Uue-Poltsamaa_vallakohus, lk 79
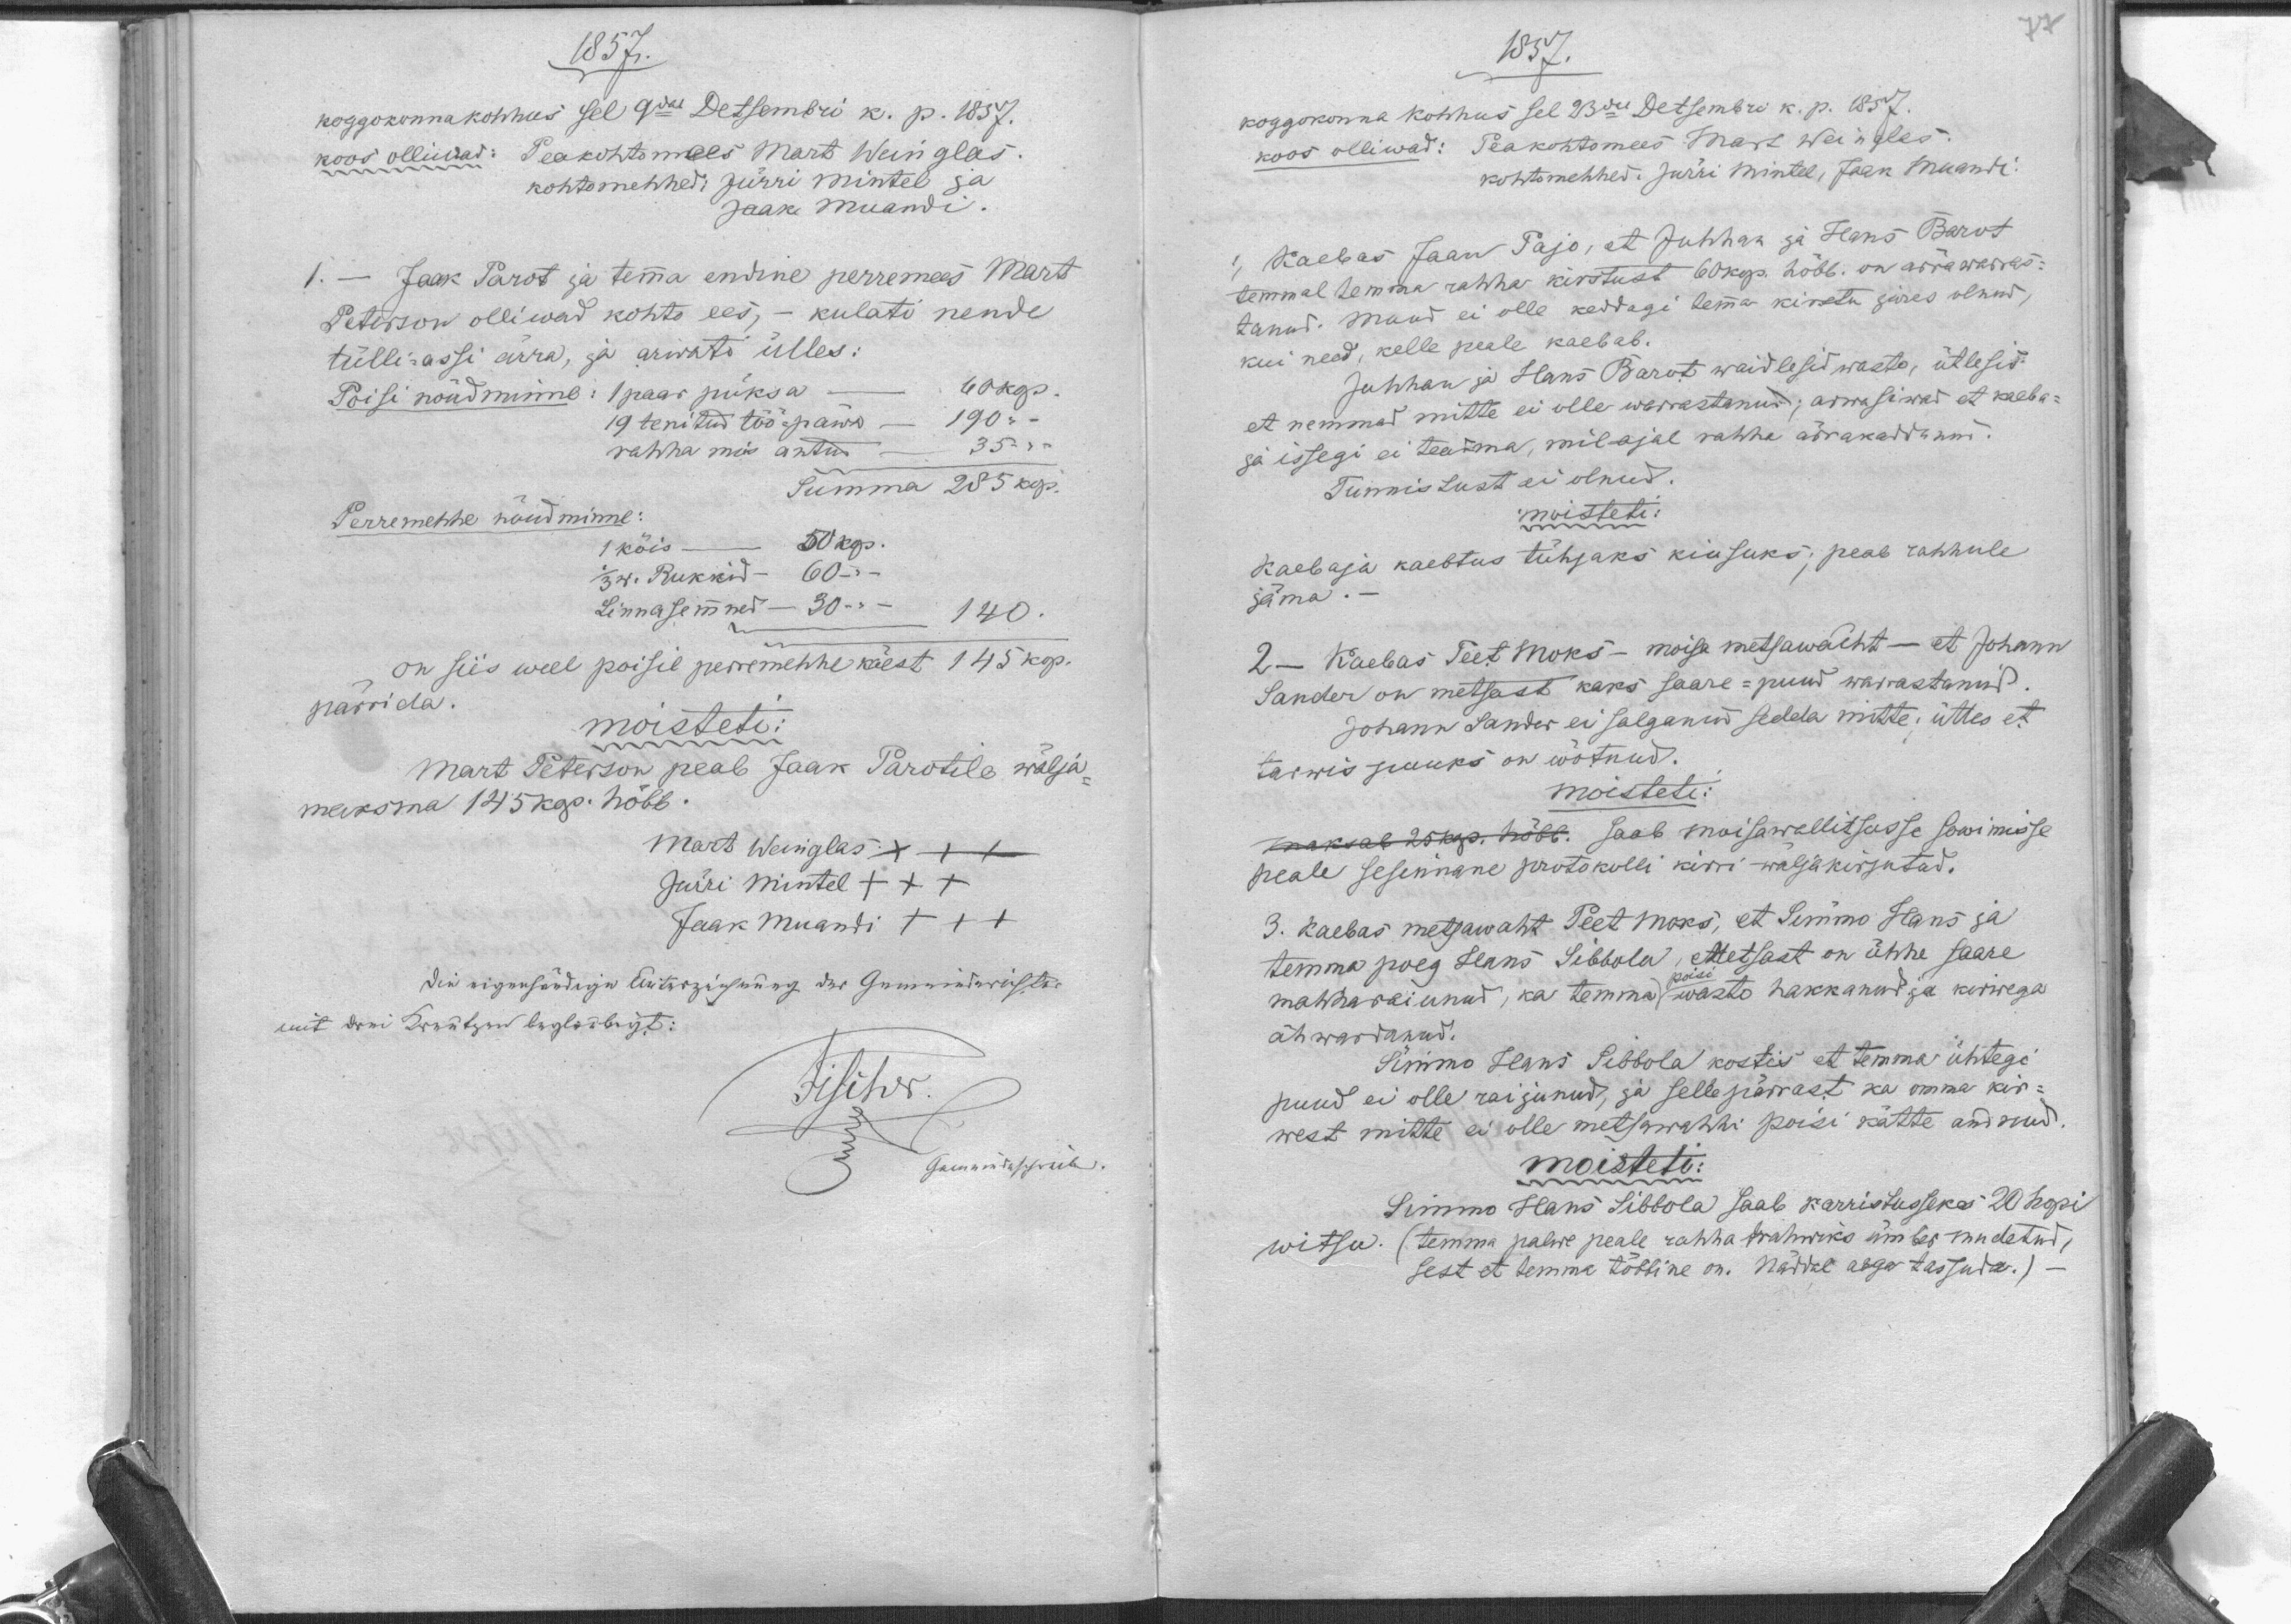
1857.
koggokonna kohhus sel 9dal Detsembri k. p. 1857.
koos olliwad: Peakohtomees Mart Weinglas.
kohtomehhed: Jürri Mintel ja
Jaak Muandi.
1. - Jaak Parot ja temma endine perremees Mart
kohto ees,
kulati nende
Peterson olliwad
tülli-assi ärra, ja arwati ülles:
60 kop.
1 paar püksa
Poisi nõudminne:
190 -
-
19 tenitud töö-päwa
35 --
rahha mis antud
Summa 285 kop.
Perremehhe nõudminne:
50 kop
1 köis
1/3 w. Rukkid - 60 --
Linnasemned - 30 --
140.
on siis weel poisel perremehhe käest 145 kop.
pärrida.
moisteti:
Mart Peterson peab Jaak Parotile wälja-
maksma 145 kop. hõbb.
Mart Weinglas XXX
Jürri Mintel XXX
Jaak Muandi XXX

1857.
koggokonna kohhus sel 23dal Detsembril k. p. 1857.
koos olliwad: Peakohtomees Mart Weinglas.
kohtomehhed: Jürri Mintel, Jaan Muandi.
Kaebas Jaan Pajo, et Juhhan ja Hans Barot
1,
temmal temma rahha kirstust 60 kop. hõbb. on ärrawarras-
tanud. Muud ei olle keddagi temma kirstu jures olnud,
kui need, kelle peale kaebab.
Juhhan ja Hans Barot waidlesid wasto, ütlesid
et nemmad mitte ei olle warrastanud; arwasiwad et kaeba-
ja issegi ei teadma, milajal rahha ärrakaddunud.
Tunnistust ei olnud.
moisteti:
Kaebaja kaebtus tühjaks kiusuks; peab rahhule
jäma.
2- Kaebas Teet Moks - moisa metsawaht - et Johann
Sander on metsast kaks saare-puud warrastanud.
Johann Sander ei salganud sedda mitte, ütles et
tarwis puuks on wõtnud.
moisteti:
maksab 25 kop. hõbb saab moisawallitsusse sowimisse
peale sesinnane protokolli kirri wäljakirjutad.
3. Kaebas metsawaht Peet Maks, et Simmo Hans ja
temma poeg Hans Sibbola, Metsast on ühhe saare
poisi
mahharaiunud, ka temma wasto hakkanud ja kirwega
ähwardanud.
Simmo Hans Sibbola kostis et temma ühtegi
puud ei olle raijunud, ja selle pärrast ka omma kir-
west mitte ei olle metsawahhi poisi kätte andnud.
moisteti:
Simmo Hans Sibbola saab karristusseks 20 hopi
witsu. (temma palwe peale rahha trahwiks ümbermudetud,
sest et temma tõbbine on. Näddal aega tassuda.)